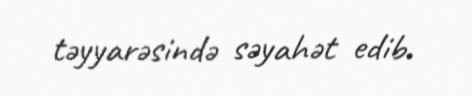
təyyarəsində səyahət edib.